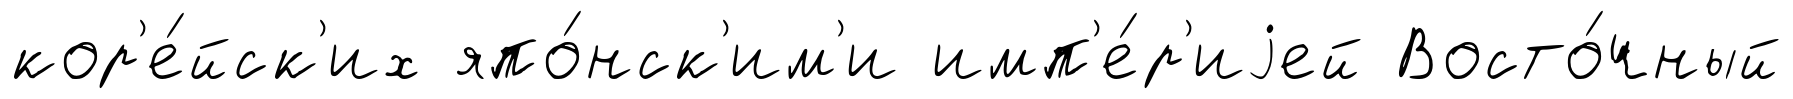
кор'е́йск'их япо́нск'им'и имп'е́р'иjей Восто́чный